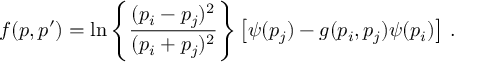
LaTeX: f ( p , p ^ { \prime } ) = \ln \left\{ \frac { ( p _ { i } - p _ { j } ) ^ { 2 } } { ( p _ { i } + p _ { j } ) ^ { 2 } } \right\} \left[ \psi ( p _ { j } ) - g ( p _ { i } , p _ { j } ) \psi ( p _ { i } ) \right] \, .